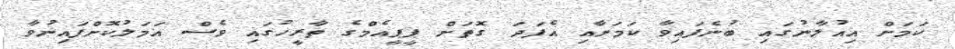
ކަމަށް އިއުލާނުގައި ބުނެފައިވާ ކަމަށާއި އެފަދަ ގޮތަށް ޕީޕީއެމްގެ ތާރީހުގައި ވެސް އަމަލުކޮށްފައިނުވާ